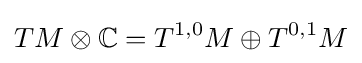
TM\otimes \mathbb {C} =T^{1,0}M\oplus T^{0,1}M